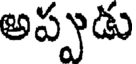
అప్పుడు